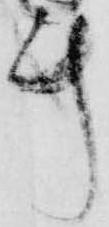
計